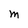
Character: M